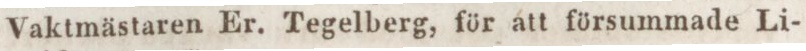
Vaktmästaren Er. Tegelberg, för att försummade Li-